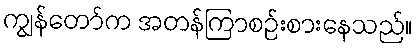
ကျွန်တော်က အတန်ကြာစဉ်းစားနေသည်။